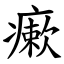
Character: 瘶